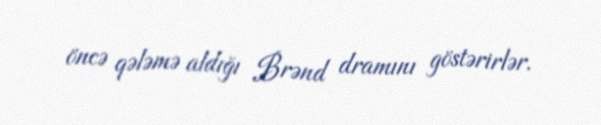
öncə qələmə aldığı Brənd dramını göstərirlər.